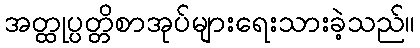
အတ္ထုပ္ပတ္တိစာအုပ်များရေးသားခဲ့သည်။